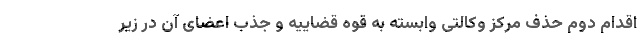
اقدام دوم حذف مرکز وکالتی وابسته به قوه قضاییه و جذب اعضای آن در زیر